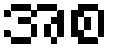
အစ